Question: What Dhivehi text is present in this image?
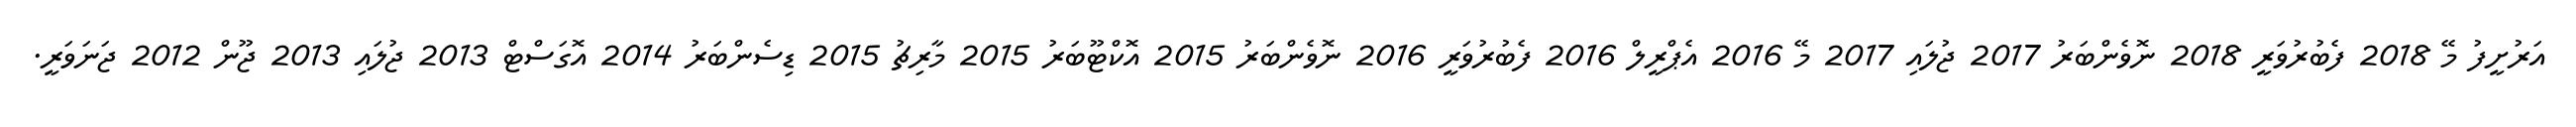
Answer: އަރުށީފު މޭ 2018 ފެބުރުވަރީ 2018 ނޮވެންބަރު 2017 ޖުލައި 2017 މޭ 2016 އެޕްރީލް 2016 ފެބުރުވަރީ 2016 ނޮވެންބަރު 2015 އޮކްޓޫބަރު 2015 މާރިޗު 2015 ޑިސެންބަރު 2014 އޮގަސްޓް 2013 ޖުލައި 2013 ޖޫން 2012 ޖަނަވަރީ.